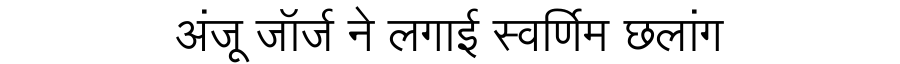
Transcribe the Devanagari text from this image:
अंजू जॉर्ज ने लगाई स्वर्णिम छलांग